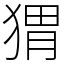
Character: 猬